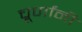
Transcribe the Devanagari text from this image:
चूर्णांनी